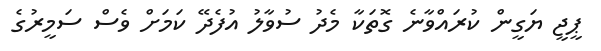
ޕީޖީ ޔަގީން ކުރައްވާނެ ގޮތަކާ މެދު ސުވާލު އުފެދޭ ކަމަށް ވެސް ސަމީރުގެ